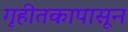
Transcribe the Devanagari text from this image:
गृहीतकापासून